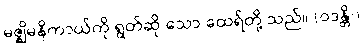
မဇ္ဈိမနိကာယ်ကို ရွတ်ဆို သော ထေရ်တို့ သည်။ (ဝဒန္တိ၊)